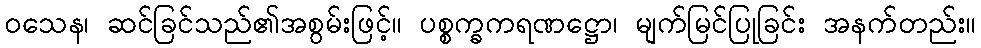
ဝသေန၊ ဆင်ခြင်သည်၏အစွမ်းဖြင့်။ ပစ္စက္ခကရဏဋ္ဌော၊ မျက်မြင်ပြုခြင်း အနက်တည်း။